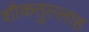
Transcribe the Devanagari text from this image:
शौकतुल्लाह